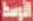
الأوسط